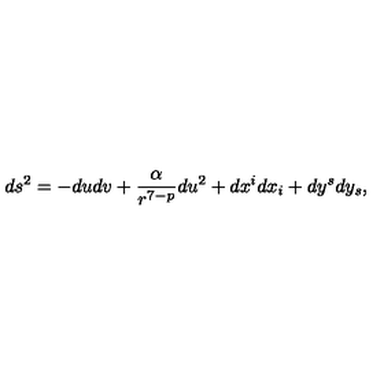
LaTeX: d s ^ { 2 } = - d u d v + \frac { \alpha } { r ^ { 7 - p } } d u ^ { 2 } + d x ^ { i } d x _ { i } + d y ^ { s } d y _ { s } ,